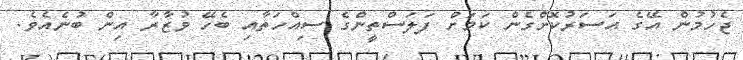
ޖެހުމުން އޭގެ އަސަރުކޮށްގެން ކަމަށް ފަލަސްތީންގެ ސިއްހަތާއި ބެހޭ ވުޒާރާ އިން ބުނެއެވެ.